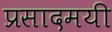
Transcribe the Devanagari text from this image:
प्रसादमयी